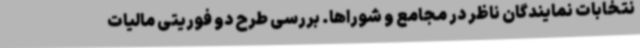
نتخابات نمایندگان ناظر در مجامع و شوراها. بررسی طرح دو فوریتی مالیات